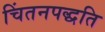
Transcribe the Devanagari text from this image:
चिंतनपद्धति